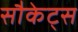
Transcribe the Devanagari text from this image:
सौकेट्स